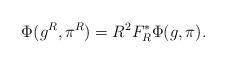
LaTeX: \begin{align*}\Phi (g^R, \pi^R) = R^2 F_R^*\Phi(g, \pi) . \end{align*}